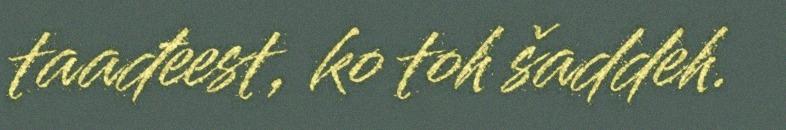
taađeest, ko toh šaddeh.